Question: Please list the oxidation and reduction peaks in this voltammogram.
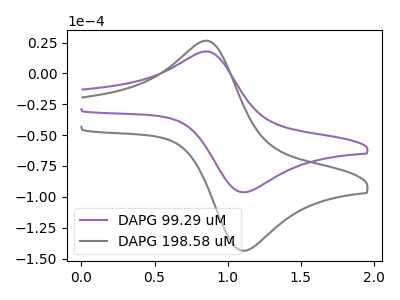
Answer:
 <answer>The purple curve "DAPG 99.29 uM" has an anodic peak at (0.85V, 17.75uA) and a cathodic peak at (1.15V, -96.25uA). The gray curve "DAPG 198.58 uM" has an anodic peak at (0.85V, 26.45uA) and a cathodic peak at (1.15V, -143.55uA).</answer>
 <eval></eval>